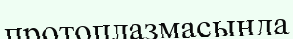
протоплазмасында